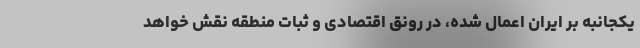
یکجانبه بر ایران اعمال شده، در رونق اقتصادی و ثبات منطقه نقش خواهد